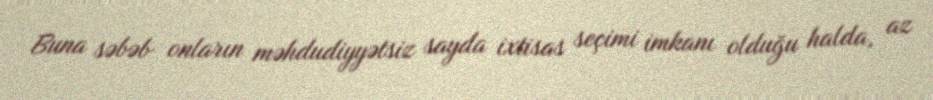
Buna səbəb onların məhdudiyyətsiz sayda ixtisas seçimi imkanı olduğu halda, az